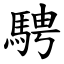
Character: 騁